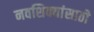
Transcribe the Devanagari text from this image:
नवशिक्यांसाठी